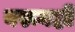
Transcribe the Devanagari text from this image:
वरूनही